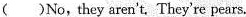
( )No,they aren't. They're pears.